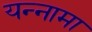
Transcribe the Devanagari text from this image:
यन्‍नामा